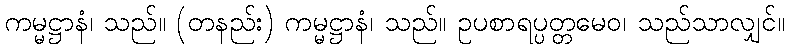
ကမ္မဋ္ဌာနံ၊ သည်။ (တနည်း) ကမ္မဋ္ဌာနံ၊ သည်။ ဥပစာရပ္ပတ္တမေဝ၊ သည်သာလျှင်။